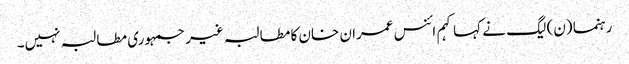
رہنما (ن) لیگ نے کہا کہم ائنس عمران خان کا مطالبہ غیر جمہوری مطالبہ نہیں۔